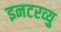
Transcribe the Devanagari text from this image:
इनटरव्यु